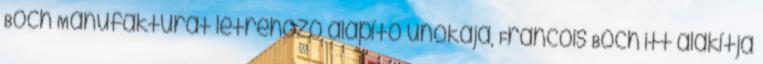
Boch Manufaktúrát létrehozó alapító unokája, Francois Boch itt alakítja